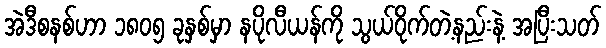
အဲဒီစနစ်ဟာ ၁၈၀၅ ခုနှစ်မှာ နပိုလီယန်ကို သွယ်ဝိုက်တဲ့နည်းနဲ့ အပြီးသတ်